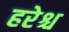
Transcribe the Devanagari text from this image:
हरेश्च